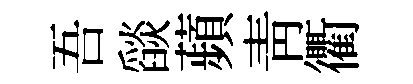
吾𦦨蘋青衢